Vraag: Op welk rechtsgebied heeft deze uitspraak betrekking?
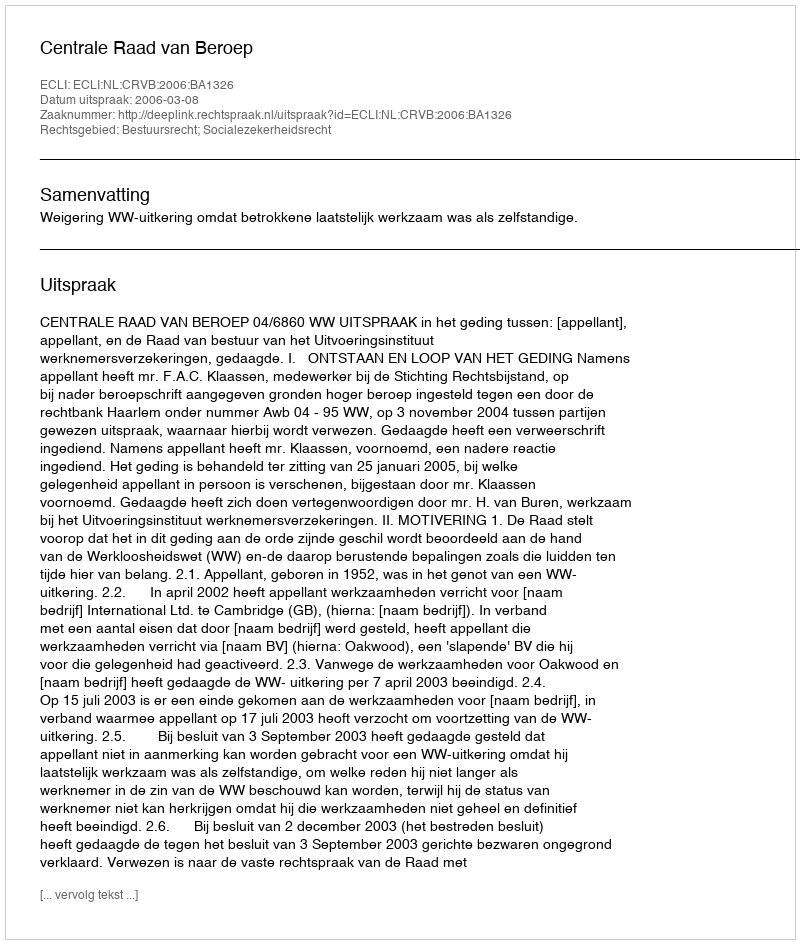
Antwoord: Bestuursrecht; Socialezekerheidsrecht